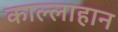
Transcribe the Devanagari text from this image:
काल्लाहान